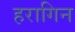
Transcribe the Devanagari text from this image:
हरागिन